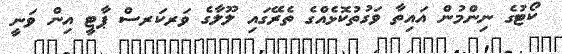
ކޯޓުގެ ނިންމުން އައިތާ ވަގުތުކޮޅެއްގެ ތެރޭގައި ލޫލާގެ ވަރކަރސް ޕާޓީ އިން ވަނީ